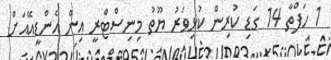
1 ހަފްތާ 14 ގަޑި ކުރިން ކުޅިވަރު ޔޫތު މިނިސްޓްރީ އިން އެންޑީއޭއަށް